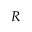
R